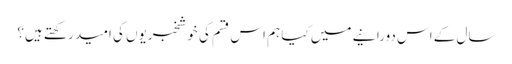
سال کے اس دورانیے میں کیا ہم اس قسم کی خوشخبریوں کی امید رکھتے ہیں؟